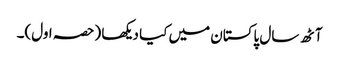
آٹھ سال پاکستان میں کیا دیکھا (حصہ اول)۔